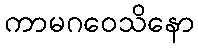
ကာမဂဝေသိနော